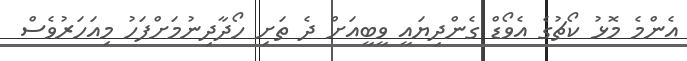
އެންމެ މޮޅު ކޯޗުގެ އެވޯޑް ގެންދިޔައީ ވީބީއަށް ދެ ތަށި ހޯދާދިނުމަށްފަހު މިއަހަރުވެސް